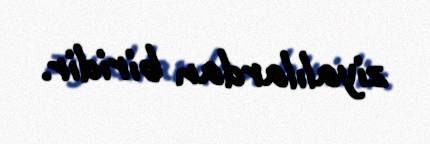
ziyalılardan biridir.